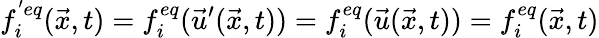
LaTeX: f_{i}^{'eq}(\vec{x},t)=f_{i}^{eq}(\vec{u}^{\prime}(\vec{x},t))=f_{i}^{eq}(\vec{u}(\vec{x},t))=f_{i}^{eq}(\vec{x},t)